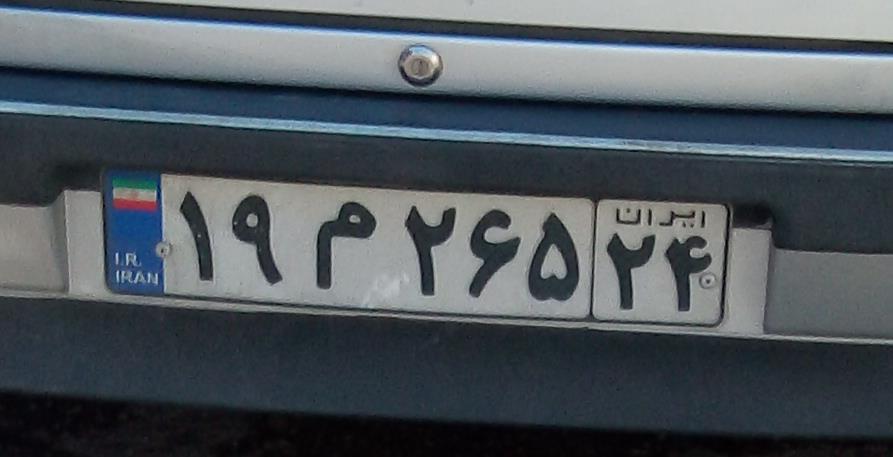
۱۹م۲۶۵۲۴